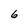
Character: 6